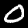
Label: 0